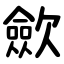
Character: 歛